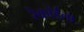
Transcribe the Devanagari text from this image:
रेकॉर्डला